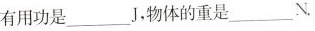
有用功是___J，物体的重是___N.